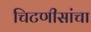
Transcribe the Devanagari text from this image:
चिटणीसांचा